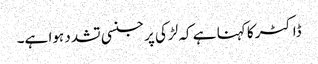
ڈاکٹر کا کہنا ہے کہ لڑکی پر جنسی تشدد ہوا ہے۔